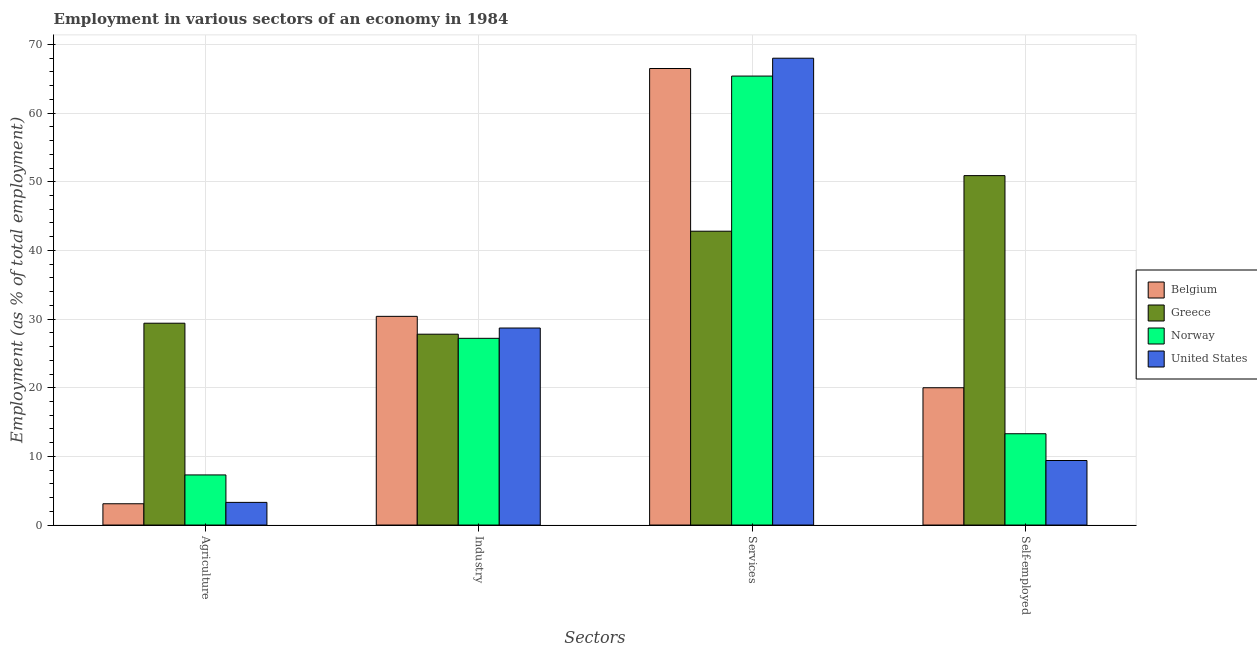
| Sectors | Belgium | Greece | Norway | United States |
 | --- | --- | --- | --- | --- |
 | Agriculture | 3.1 | 29.4 | 7.3 | 3.3 |
 | Industry | 30.4 | 27.8 | 27.2 | 28.7 |
 | Services | 66.5 | 42.8 | 65.4 | 68 |
 | Self-employed | 20 | 50.9 | 13.3 | 9.4 |